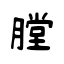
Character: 膛